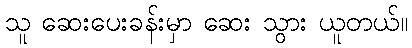
သူ ဆေးပေးခန်းမှာ ဆေး သွား ယူတယ်။